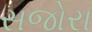
સજોરા